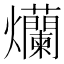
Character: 爤